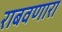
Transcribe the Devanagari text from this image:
राबवणारा